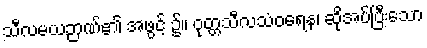
သီလမယဉာဏ်၏ အဖွင့် ၌။ ဝုတ္တသီလသံဝရေန၊ ဆိုအပ်ပြီးသော